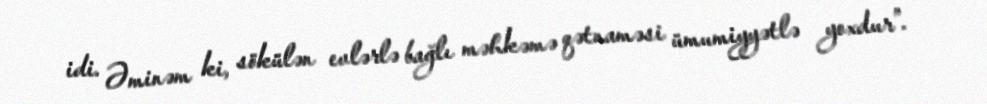
idi. Əminəm ki, sökülən evlərlə bağlı məhkəmə qətnaməsi ümumiyyətlə yoxdur”.